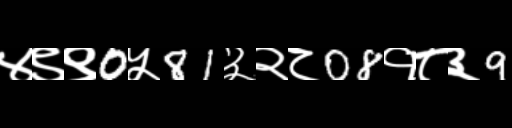
Text: ४९९0५81३२८08१८३9